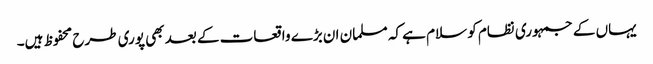
یہاں کے جمہوری نظام کو سلام ہے کہ مسلمان ان بڑے واقعات کے بعد بھی پوری طرح محفوظ ہیں۔